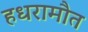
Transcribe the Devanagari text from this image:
हधरामौत